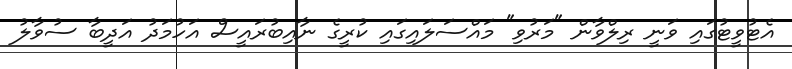
އެޓުވީޓުގައި ވަނީ ރިލްވާން "މަރުވި" މައްސަލައިގައި ކުރީގެ ނާއިބުރައީސް އަހުމަދު އަދީބާ ސުވާލު